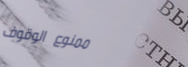
ممنوع الوقوف